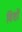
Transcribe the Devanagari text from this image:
विशों